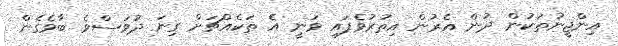
އިންޖީނުތަކުން ދުން އެރުން އިތުރުވެފައި ވަނީ އެ ތަކެއްޗަށް ގިނަ ދުވަސްވެ ބާވެގެން